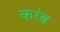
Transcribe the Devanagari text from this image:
करंब